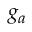
g _ { a }